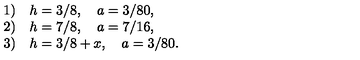
\begin{array} { l l } { 1 ) } & { h = 3 / 8 , \quad a = 3 / 8 0 , } \\ { 2 ) } & { h = 7 / 8 , \quad a = 7 / 1 6 , } \\ { 3 ) } & { h = 3 / 8 + x , \quad a = 3 / 8 0 . } \\ \end{array}